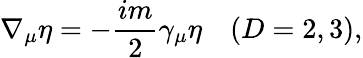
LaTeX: \nabla_{\mu}\eta=-\frac{im}{2}\gamma_{\mu}\eta\quad(D=2,3),